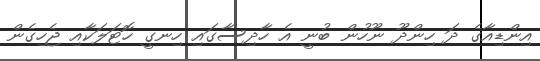
އިންޑިއާގެ ދަ ހިންދޫ ނޫހުން ބުނީ އެ ހާދިސާގައި ހިނގީ ހޮޓަލަކާއި ޖެހިގެން